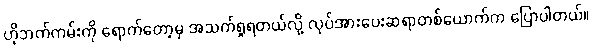
ဟိုဘက်ကမ်းကို ရောက်တော့မှ အသက်ရှုရတယ်လို့ လုပ်အားပေးဆရာတစ်ယောက်က ပြောပါတယ်။